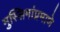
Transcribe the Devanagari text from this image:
मुस्लिमांप्रमाणे